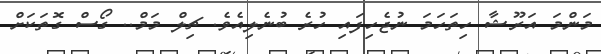
މަންމަ އަރޫޝާ ހިތަހަމަ ނުޖެހިފައި ހުރެ ބުނެލިއެވެ. ޗިލް މަމް.. ގޯސް ގޮތަކަށް